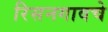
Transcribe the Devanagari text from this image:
रिसनगावचे